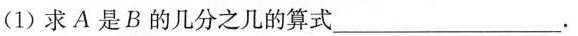
(1)求A是B的几分之几的算式___.